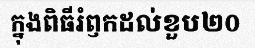
ក្នុងពិធីរំឭកដល់ខួប២០